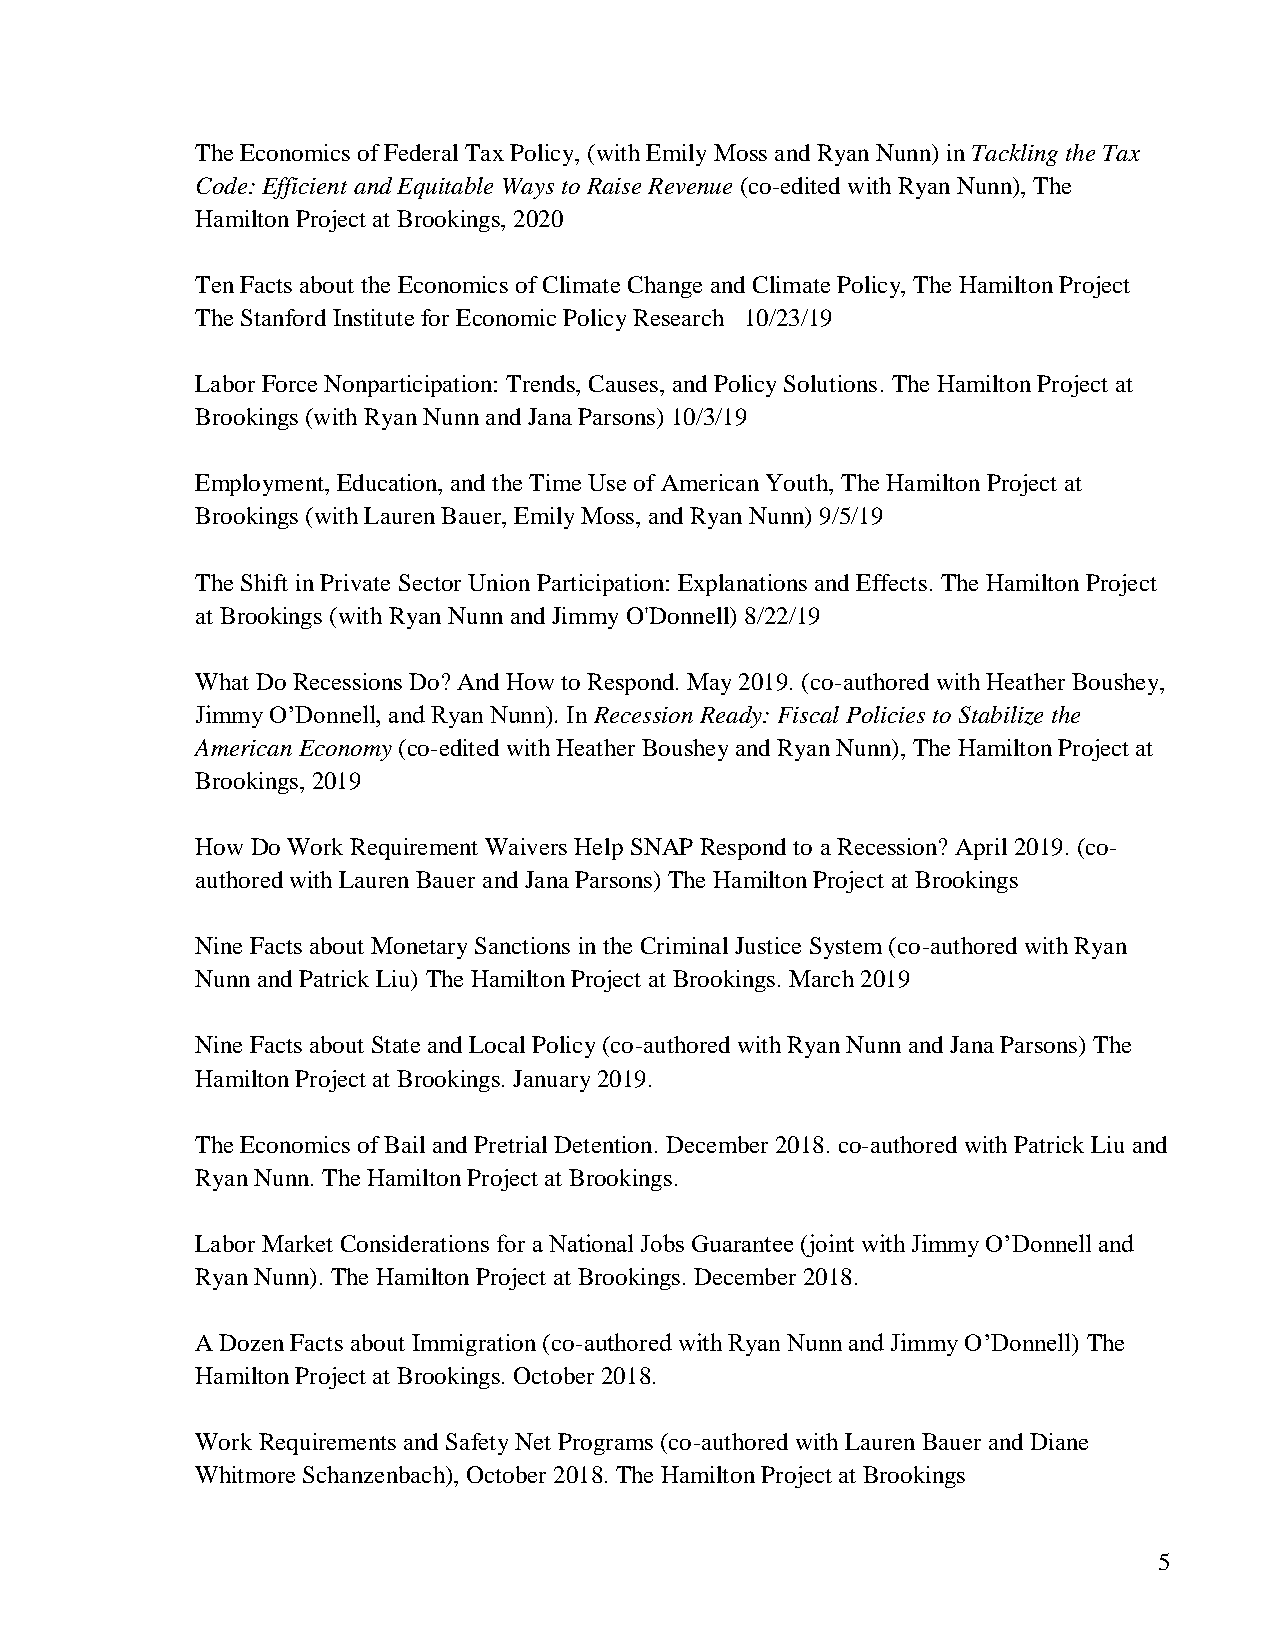
The Economics of Federal Tax Policy, (with Emily Moss and Ryan Nunn) in Tackling the Tax
 Code: Efficient and Equitable Ways to Raise Revenue (co-edited with Ryan Nunn), The
 Hamilton Project at Brookings, 2020
 Ten Facts about the Economics of Climate Change and Climate Policy, The Hamilton Project
 The Stanford Institute for Economic Policy Research 10/23/19
 Labor Force Nonparticipation: Trends, Causes, and Policy Solutions. The Hamilton Project at
 Brookings (with Ryan Nunn and Jana Parsons) 10/3/19
 Employment, Education, and the Time Use of American Youth, The Hamilton Project at
 Brookings (with Lauren Bauer, Emily Moss, and Ryan Nunn) 9/5/19
 The Shift in Private Sector Union Participation: Explanations and Effects. The Hamilton Project
 at Brookings (with Ryan Nunn and Jimmy O'Donnell) 8/22/19
 What Do Recessions Do? And How to Respond. May 2019. (co-authored with Heather Boushey,
 Jimmy O’Donnell, and Ryan Nunn). In Recession Ready: Fiscal Policies to Stabilize the
 American Economy (co-edited with Heather Boushey and Ryan Nunn), The Hamilton Project at
 Brookings, 2019
 How Do Work Requirement Waivers Help SNAP Respond to a Recession? April 2019. (co-
 authored with Lauren Bauer and Jana Parsons) The Hamilton Project at Brookings
 Nine Facts about Monetary Sanctions in the Criminal Justice System (co-authored with Ryan
 Nunn and Patrick Liu) The Hamilton Project at Brookings. March 2019
 Nine Facts about State and Local Policy (co-authored with Ryan Nunn and Jana Parsons) The
 Hamilton Project at Brookings. January 2019.
 The Economics of Bail and Pretrial Detention. December 2018. co-authored with Patrick Liu and
 Ryan Nunn. The Hamilton Project at Brookings.
 Labor Market Considerations for a National Jobs Guarantee (joint with Jimmy O’Donnell and
 Ryan Nunn). The Hamilton Project at Brookings. December 2018.
 A Dozen Facts about Immigration (co-authored with Ryan Nunn and Jimmy O’Donnell) The
 Hamilton Project at Brookings. October 2018.
 Work Requirements and Safety Net Programs (co-authored with Lauren Bauer and Diane
 Whitmore Schanzenbach), October 2018. The Hamilton Project at Brookings
 5